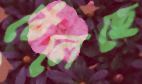
ঠেলেছে